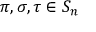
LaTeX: \pi , \sigma , \tau \in S _ { n }